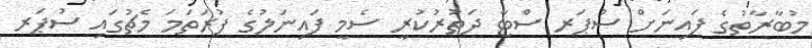
މުބާރާތުގެ ފައިނަށް ސުޕަރ ސްޓާ ދަތުރުކުރީ ސެމީ ފައިނަލުގެ ފުރަތަމަ މެޗުގައި ސުޕަރ